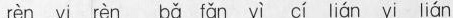
rèn yi rèn bǎ fǎn yì ci lián yi lián